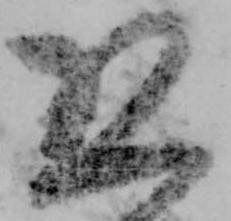
恐